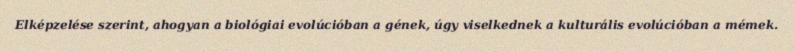
Elképzelése szerint, ahogyan a biológiai evolúcióban a gének, úgy viselkednek a kulturális evolúcióban a mémek.